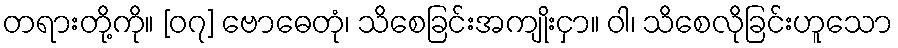
တရားတို့ကို။ [၀၇] ဗောဓေတုံ၊ သိစေခြင်းအကျိုးငှာ။ ဝါ၊ သိစေလိုခြင်းဟူသော